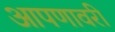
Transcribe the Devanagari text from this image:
आपणावरी